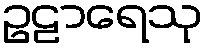
ဥဠာရေသု